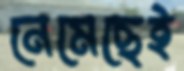
নেমেছেই